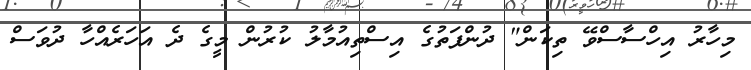
މިހާރު އިހްސާސްވޭ ތިކަން" ދުންފަތުގެ އިސްތިއުމާލު ކުރުން މީގެ ދެ އަހަރެއްހާ ދުވަސް